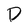
Character: D